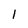
Character: 1